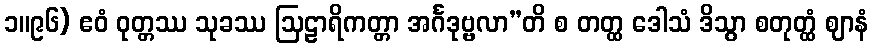
၁။၉၆) ဧဝံ ဝုတ္တဿ သုခဿ ဩဠာရိကတ္တာ အင်္ဂဒုဗ္ဗလာ”တိ စ တတ္ထ ဒေါသံ ဒိသွာ စတုတ္ထံ ဈာနံ